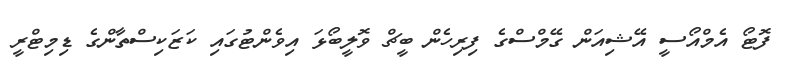
ފޮޓޯ އެމްއޯސީ އޭޝިއަން ގޭމްސްގެ ފިރިހެން ބީޗް ވޮލީބޯޅަ އިވެންޓުގައި ކަޒަކިސްތާންގެ ޑިމިޓްރީ